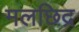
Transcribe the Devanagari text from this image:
मलछिद्र